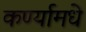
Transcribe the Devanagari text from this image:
कर्ण्यामधे